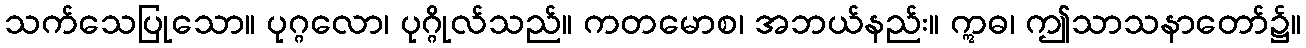
သက်သေပြုသော။ ပုဂ္ဂလော၊ ပုဂ္ဂိုလ်သည်။ ကတမောစ၊ အဘယ်နည်း။ ဣဓ၊ ဤသာသနာတော်၌။